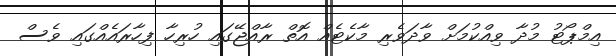
އިމްޕޯޓު މުދާ ވިއްކުމަށް ވާދަވެރި މާކެޓެއް އޮތް ރާއްޖޭގައި ހުރިހާ ފިހާރައެއްގައި ވެސް